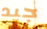
جيد